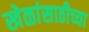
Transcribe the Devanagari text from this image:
खेळांसाठीच्या